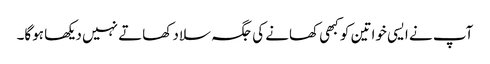
آپ نے ایسی خواتین کو کبھی کھانے کی جگہ سلاد کھاتے نہیں دیکھا ہوگا۔